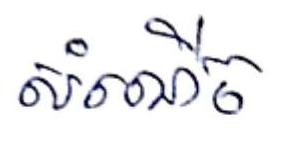
សំណើច